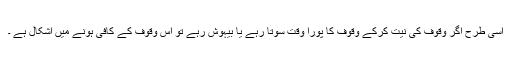
اسی طرح اگر وقوف کی نیت کرکے وقوف کا پورا وقت سوتا رہے یا بیہوش رہے تو اس وقوف کے کافی ہونے میں اشکال ہے ۔